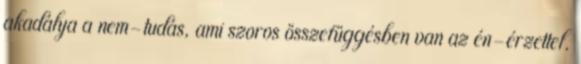
akadálya a nem-tudás, ami szoros összefüggésben van az én-érzettel.